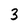
Character: 3